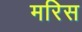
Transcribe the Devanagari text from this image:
मरिस